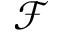
\mathscr { F }